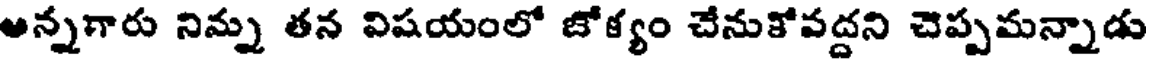
అన్నగారు నిమ్న తన విషయంలో జోక్యం చేనుకోవద్దని చెప్పమన్నాడు